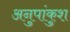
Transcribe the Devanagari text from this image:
अनुपांकुश